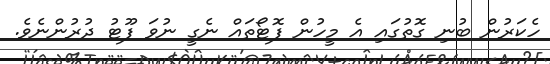
ހެކަރުން ބުނި ގޮތުގައި އެ މީހުން ފޮޓޯތައް ނެގީ ނުވަ ފޫޓު ދުރުންނެވެ.